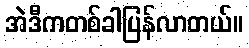
အဲဒီကတစ်ခါပြန်လာတယ်။